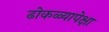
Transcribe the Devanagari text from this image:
ढोकळ्यापेक्षा